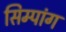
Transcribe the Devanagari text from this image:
सिम्पांग